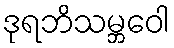
ဒုရဘိသမ္ဘဝေါ